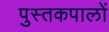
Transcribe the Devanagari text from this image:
पुस्तकपालों